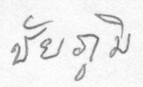
ชัยภูมิ